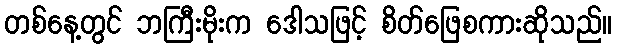
တစ်နေ့တွင် ဘကြီးမိုးက ဒေါသဖြင့် စိတ်ဖြေစကားဆိုသည်။